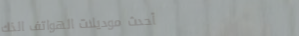
أحدث موديلات الهواتف الذك